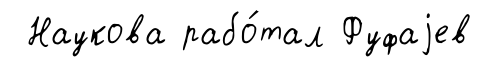
Наукова рабо́тал Фуфаjев